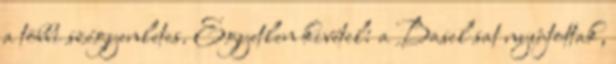
a többi szégyenletes. Egyetlen kivétel: a Basel sat nyújtottak,